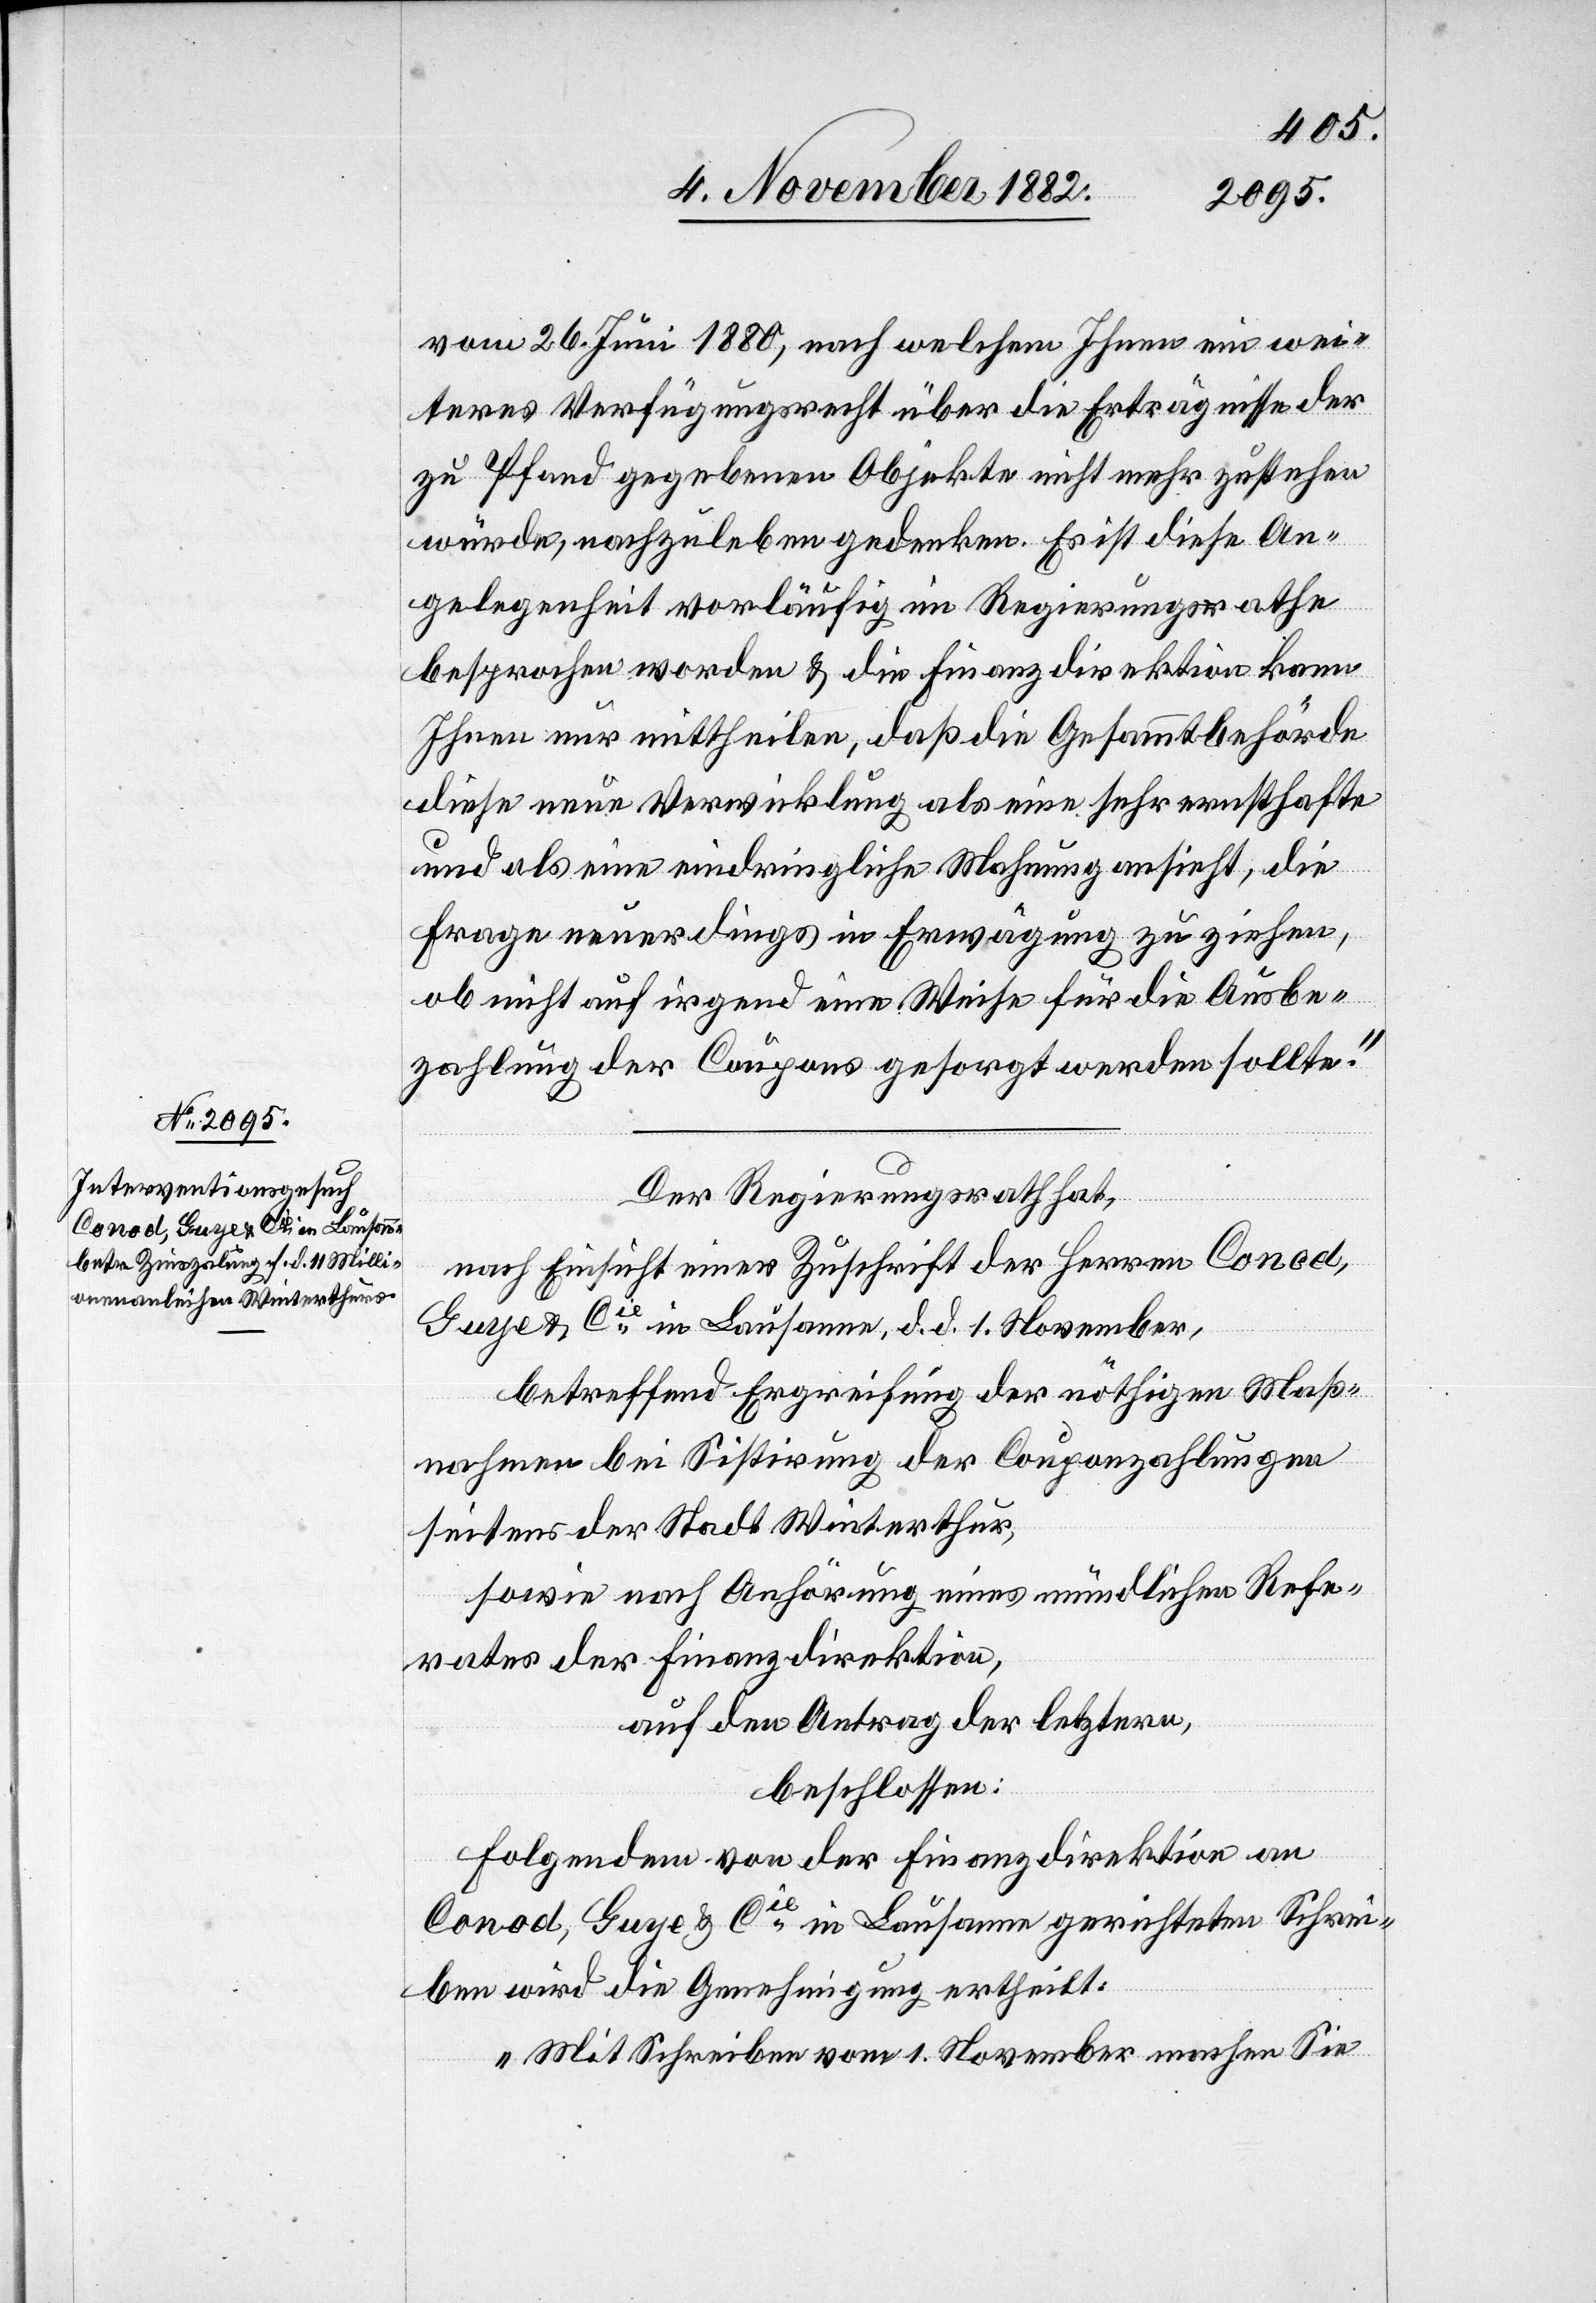
vom 26. Juni 1880, nach welchem Ihnen ein wei¬
teres Verfügungsrecht über die Erträgnisse der
zu Pfand gegeben Objekte nicht mehr zustehen
würde, nachzuleben gedenken. Es ist diese An¬
gelegenheit vorläufig im Regierungsrathe
besprochen worden & die Finanzdirektion kann
Ihnen nur mittheilen, daß die Gesammtbehörde
diese neue Verwicklung als eine sehr ernsthafte
und als eine eindringliche Mahnung ansieht, die
Frage neuerdings in Erwägung zu ziehen,
ob nicht auf irgend eine Weise für die Ausbe¬
zahlung der Coupons gesorgt werden sollte.“
Der Regierungsrath hat,
nach Einsicht einer Zuschrift der Herren Conod,
Guye & Cie in Lausanne, d. d. 1. November,
betreffend Ergreifung der nöthigen Maß¬
nahmen bei Sistirung der Couponszahlungen
seitens der Stadt Winterthur,
sowie nach Anhörung eines mündlichen Refer¬
ates der Finanzdirektion,
auf den Antrag der letztern,
beschlossen:
Folgendem von der Finanzdirektion an
Conod, Guye & Cie in Lausanne gerichteten Schrei¬
ben wird die Genehmigung ertheilt:
„Mit Schreiben vom 1. November machen Sie